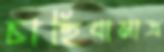
চাহিবামাত্র